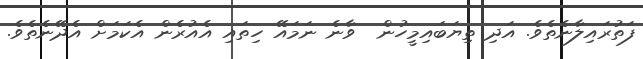
ފަތުރައިލާނެތެވެ. އަދި ތިޔަބައިމީހުން  ވާނެ ނަމައޭ ހިތައި އެއުރެން އެކަމަށް އެދޭނެތެވެ.